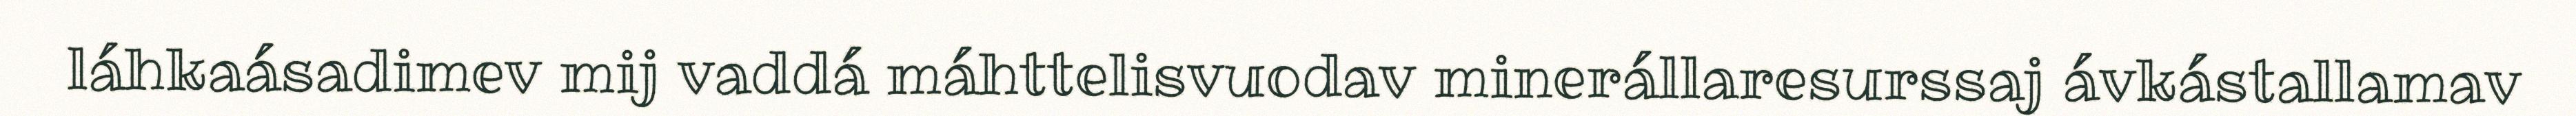
láhkaásadimev mij vaddá máhttelisvuodav minerállaresurssaj ávkástallamav